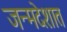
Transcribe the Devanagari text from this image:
जन्मदेशात